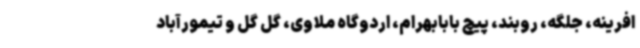
افرینه، جلگه، روبند، پیچ بابابهرام، اردوگاه ملاوی، گل گل و تیمورآباد